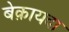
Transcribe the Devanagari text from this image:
बेक़ायदा